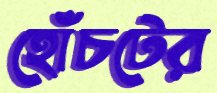
হোঁচটের